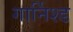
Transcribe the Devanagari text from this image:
गार्निश्ड